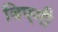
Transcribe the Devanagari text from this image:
बिएगी